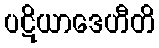
ပဋိယာဒေဟီတိ